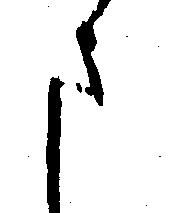
さ